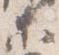
等